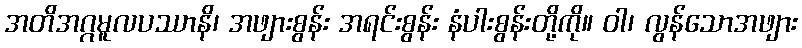
အတိအဂ္ဂမူလပဿာနိ၊ အဖျားစွန်း အရင်းစွန်း နံပါးစွန်းတို့ကို။ ဝါ၊ လွန်သောအဖျား